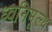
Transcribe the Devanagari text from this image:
ध्वनिमूल्य